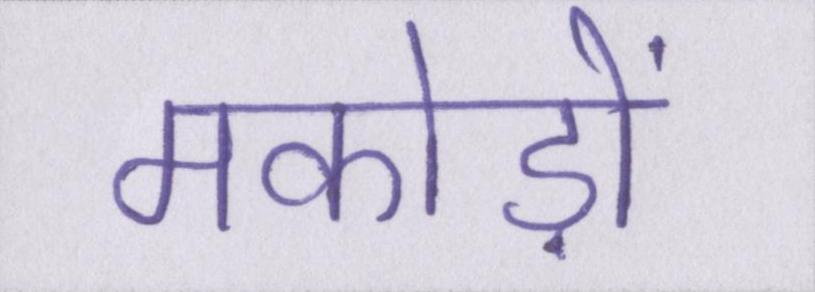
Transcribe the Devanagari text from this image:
मकोड़ों